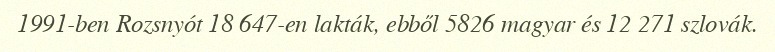
1991-ben Rozsnyót 18 647-en lakták, ebből 5826 magyar és 12 271 szlovák.